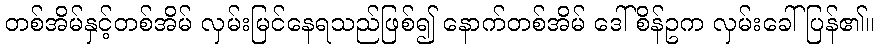
တစ်အိမ်နှင့်တစ်အိမ် လှမ်းမြင်နေရသည်ဖြစ်၍ နောက်တစ်အိမ် ဒေါ်စိန်ဥက လှမ်းခေါ်ပြန်၏။